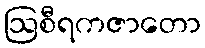
ဩစီရကဇာတော